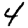
Digit: 4